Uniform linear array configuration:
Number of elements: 32
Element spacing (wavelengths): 0.75
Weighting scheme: kaiser
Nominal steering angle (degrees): -30
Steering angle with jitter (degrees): -30.464
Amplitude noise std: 0.05
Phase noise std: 0.05

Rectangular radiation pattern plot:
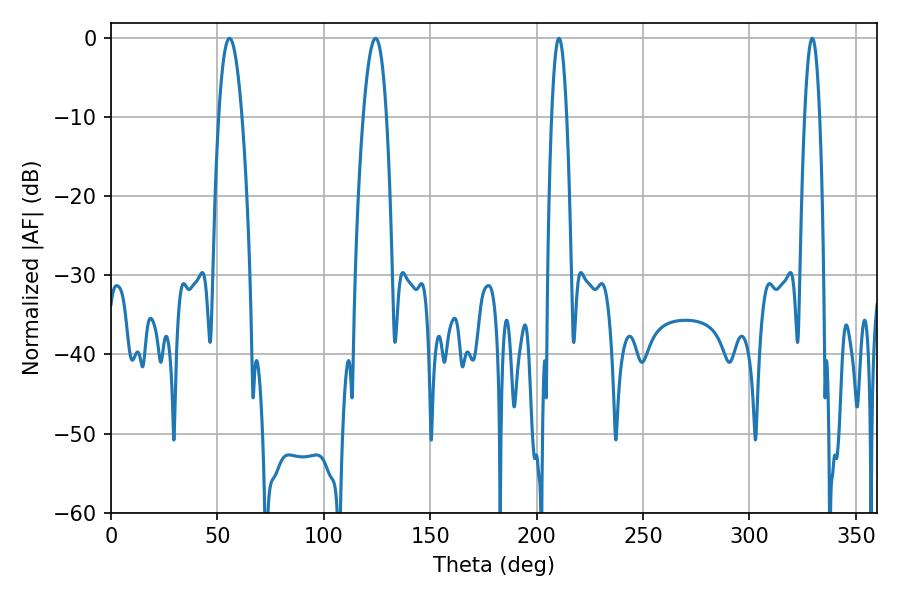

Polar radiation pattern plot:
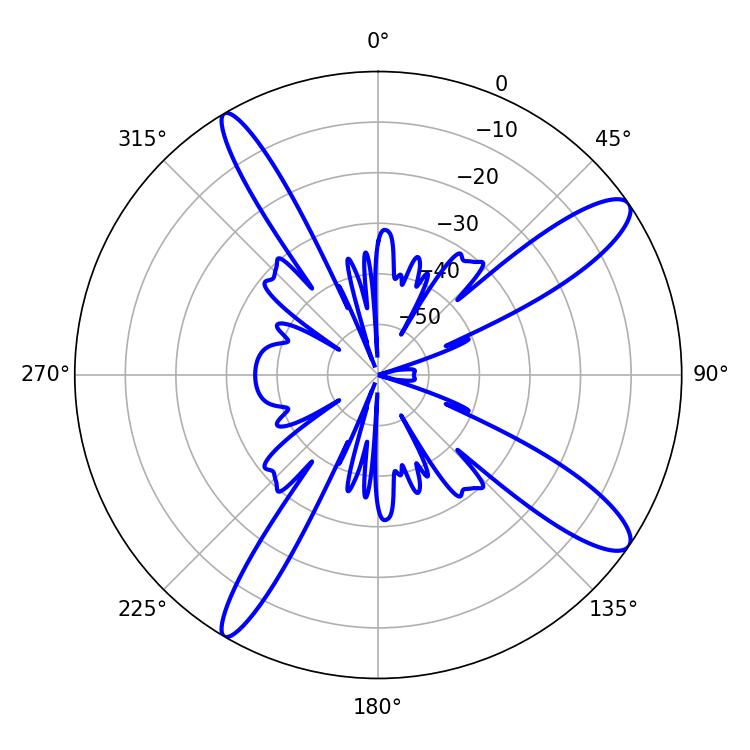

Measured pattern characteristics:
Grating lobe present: TRUE
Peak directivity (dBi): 12.499
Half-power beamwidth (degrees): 6.12
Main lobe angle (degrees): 124.38